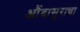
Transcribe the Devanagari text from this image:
औंदासुराचा